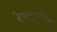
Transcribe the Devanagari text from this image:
हेक्सामीअर